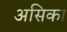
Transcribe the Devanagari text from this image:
असिका